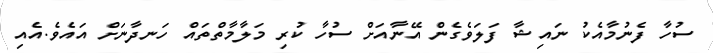
ސުހާ ފެނުމާއެކު ނައިޝާ ފަލަވެގެން އޭނާއަށް ސުހާ ކުރި މަލާމާތްތައް ހަނދާނަށް އައެވެ.އެއި